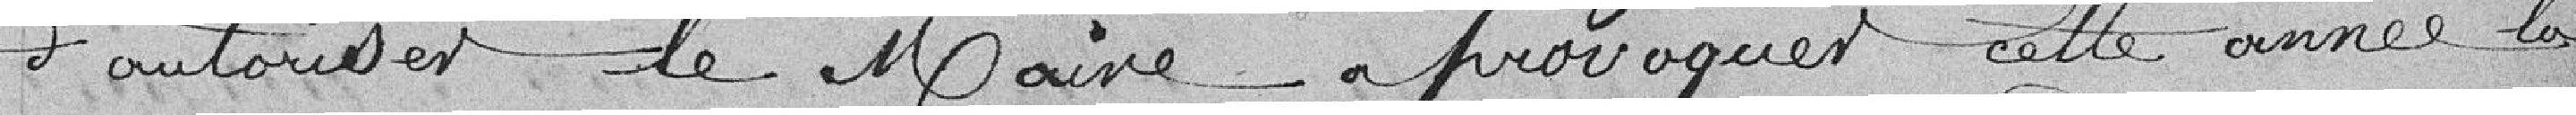
d'autoriser le Maire à provoquer cette année la